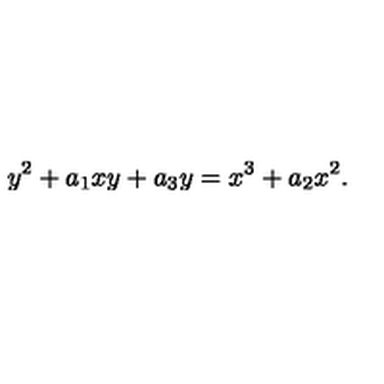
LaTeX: y ^ { 2 } + a _ { 1 } x y + a _ { 3 } y = x ^ { 3 } + a _ { 2 } x ^ { 2 } .